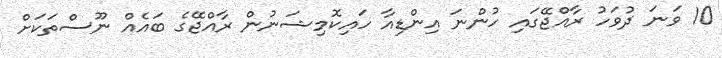
10 ވަނަ ދުވަހު ރާއްޖޭގައި ހުންނަ އިންޑިއާ ހައިކޮމިޝަނުން ރާއްޖޭގެ ބައެއް ނޫސްތަކަށް